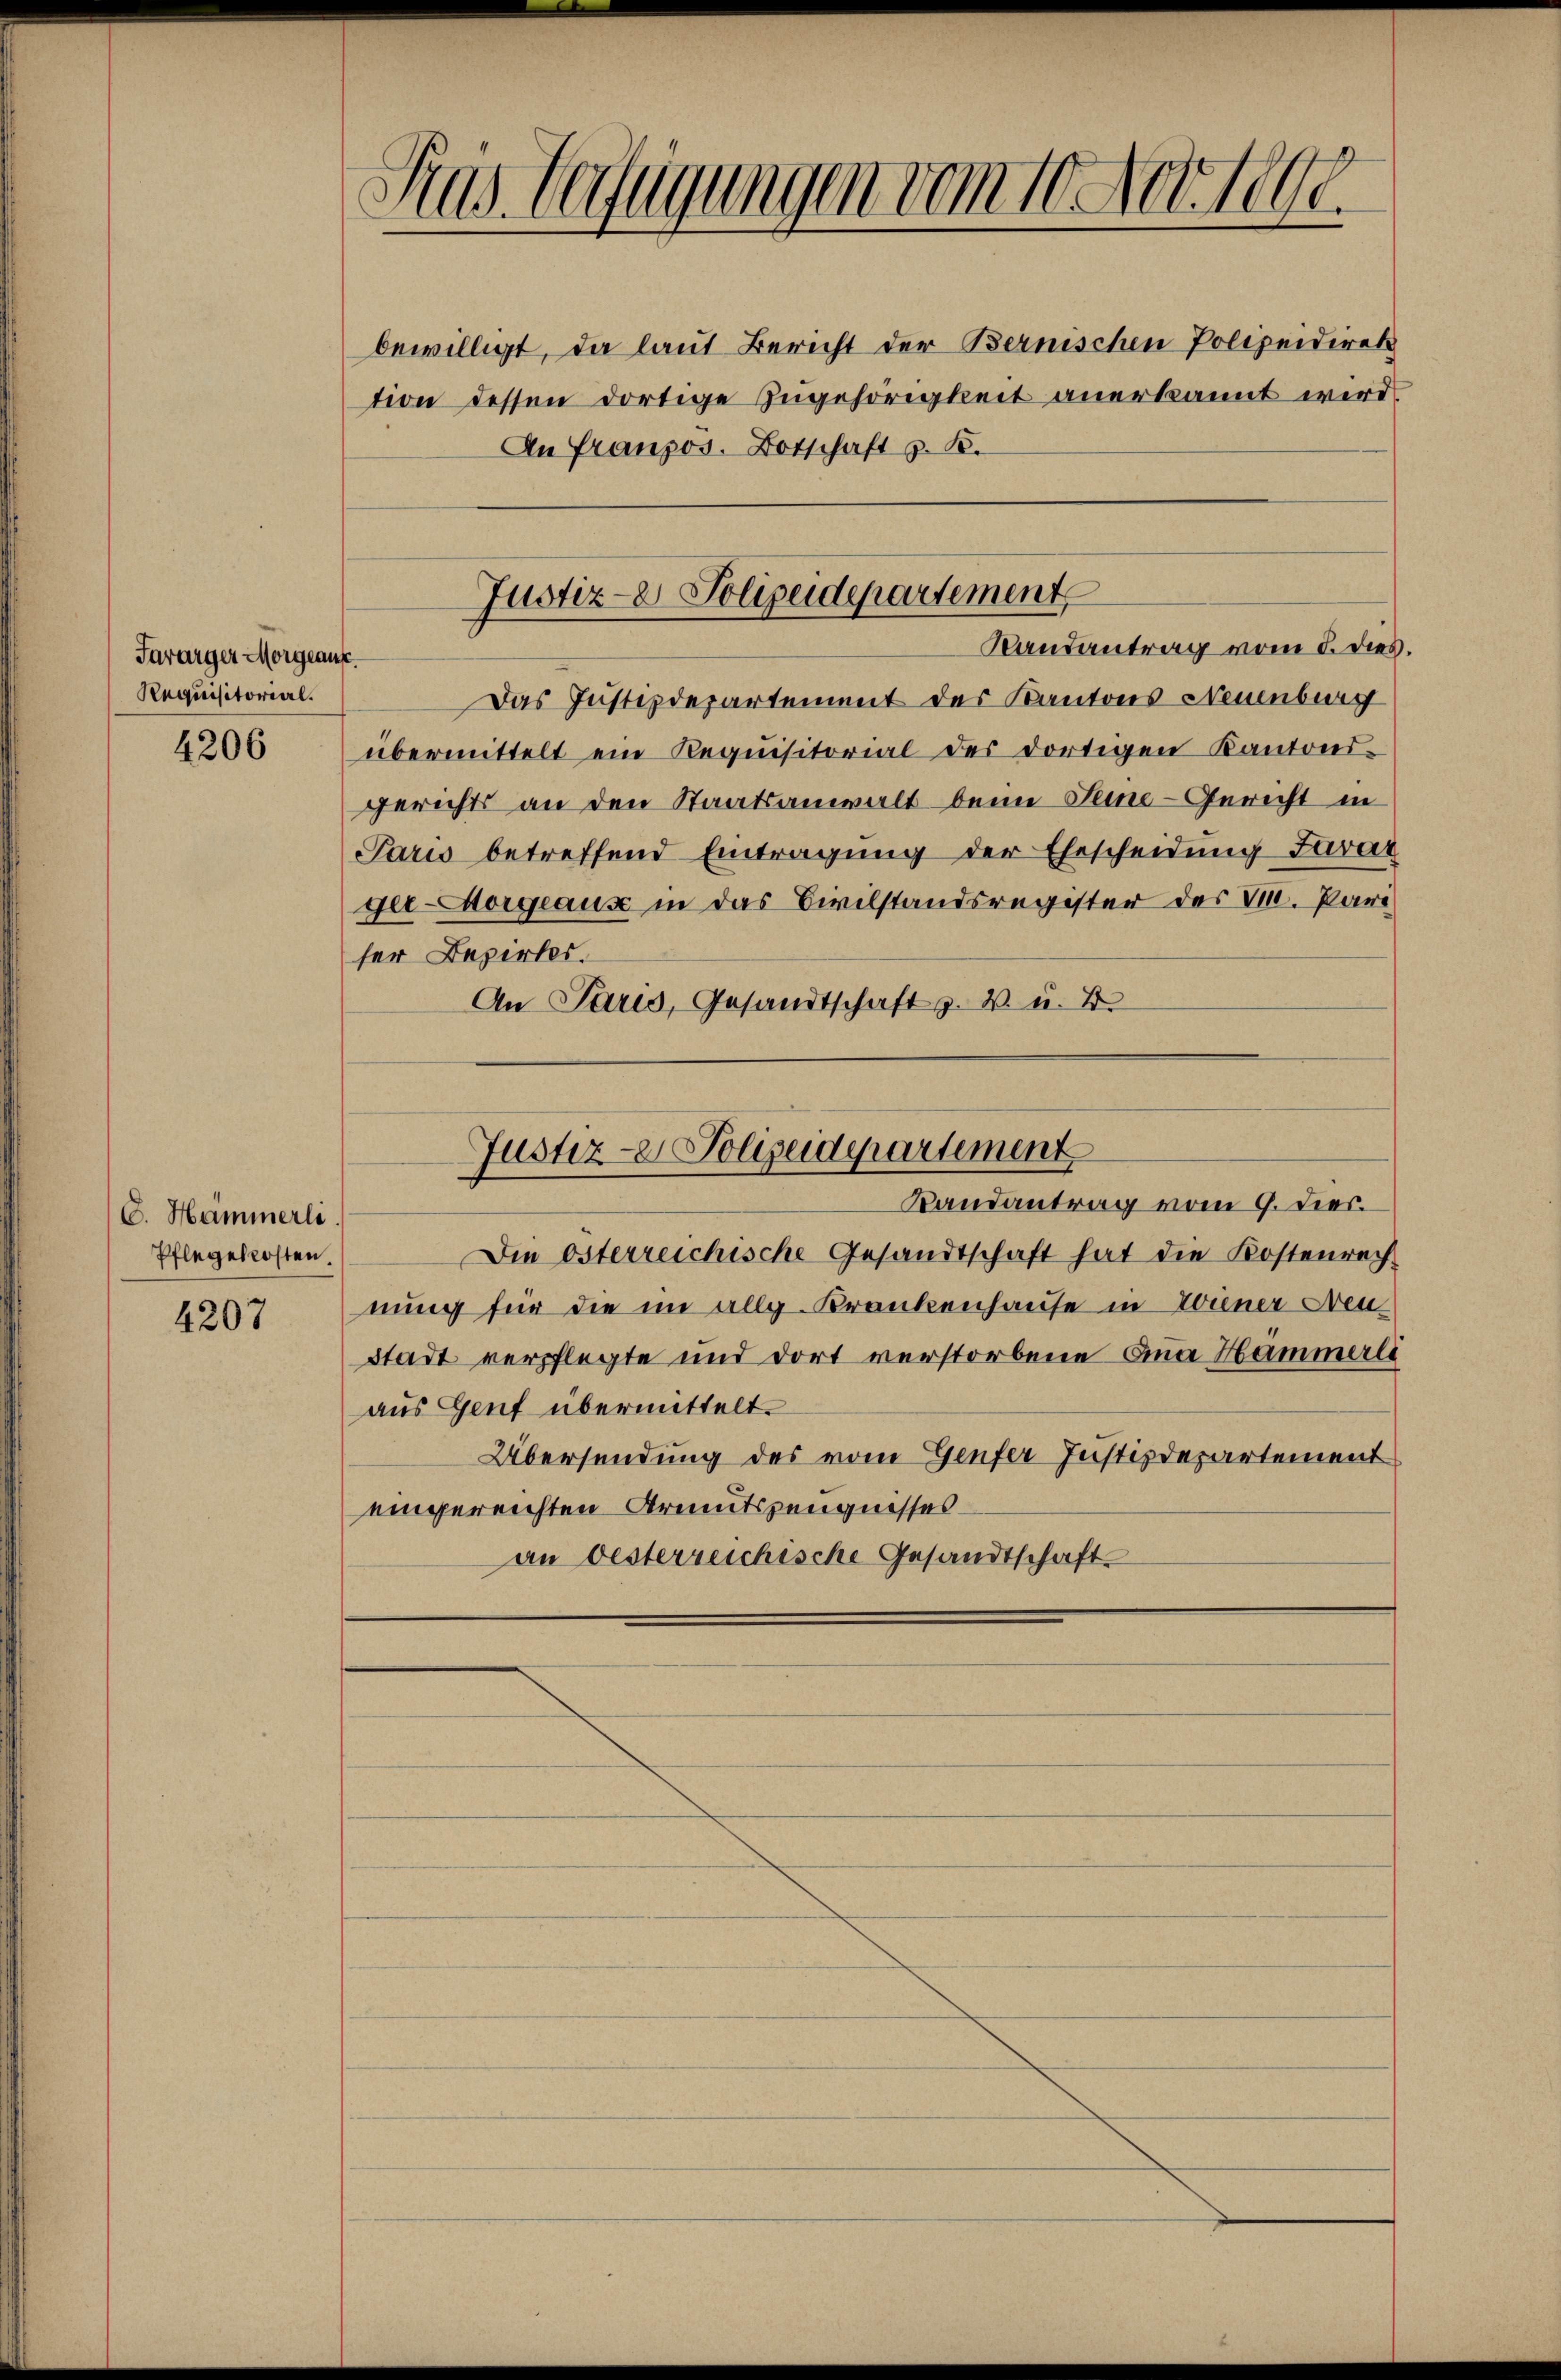
Sararger Morgeant
Requisitorial.

4206

C. Hammerli
Pflegekosten

4207

Pras. belagungen vom 10. Nettobe

bewilligt, da laut Bericht der Bernischen Polizeidirek
tion dessen dortige Zugehörigkeit anerkannt wird.
An Französ. Botschaft z. B.
Das Justizdepartement des Kantons Neuenburg
übermittelt ein Requisitorial des dortigen Kantons-
gerichts an den Staatsanwalt beim Seine-Gericht in
Paris betreffend Eintragung der Ehescheidung Jurat
ger-Morgeaus in das Civilstandsregister des V. Part
ser Bezirkes.
An Paris, Gesandtschaft z. B. u. B

Justiz- & Polizeidepartement
Randantrag vom 5. dies

Die österreichische Gesandtschaft hat die Kostenrech
nung für die im allg. Krankenhause in Wiener Neu¬
Stadt verpflegte und dort verstorbene Anna Hammerle
aus Genf übermittelt.
Übersendung des vom Genfer Justizdepartement
eingereichten Armutszeugnisses
an besterreichische Gesandtschaft.

Justiz- & Polizeidepartement
Randantrag vom 9. Dies.